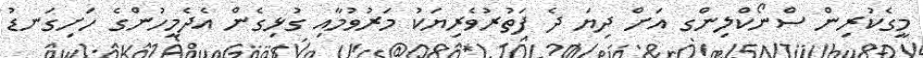
މީގެކުރިން ސްނޯކްލިންގ އަށް ދިޔަ ދެ ފަތުރުވެރިޔަކު މަރުވުމާއި ގުޅިގެން އެދެމީހުންގެ ހަށިގަނޑު